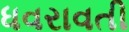
ધવરાવતી